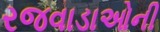
રજવાડાઓની